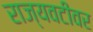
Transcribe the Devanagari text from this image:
राज्यवटीवर